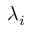
\lambda _ { i }